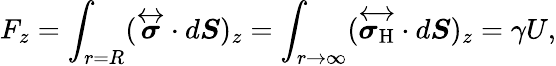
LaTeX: F_{z}=\int_{r=R}(\overleftrightarrow{\boldsymbol{\sigma}}\cdot d\boldsymbol{S})_{z}=\int_{r\to\infty}(\overleftrightarrow{\boldsymbol{\sigma}_{\mathrm{H}}}\cdot d\boldsymbol{S})_{z}=\gamma U,